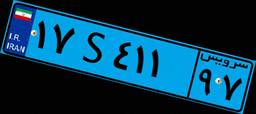
۱۵S۹۵۲۴۵